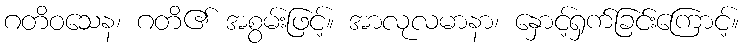
ဂတိဝသေန၊ ဂတိ၏ အစွမ်းဖြင့်။ အာလုလမာနာ၊ နှောင့်ရှက်ခြင်းကြောင့်။